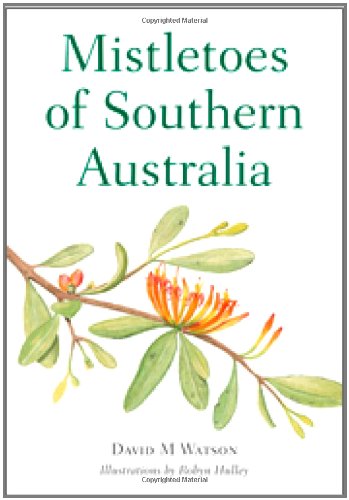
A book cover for Mistletoes of Southern Australia; David M. Watson; Crafts, Hobbies & Home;